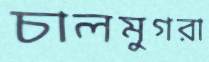
চালমুগরা